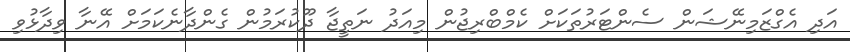
އަދި އެގްޒަމިނޭޝަން ސެންޓަރުތަކަށް ކެމްބްރިޖުން މިއަދު ނަތީޖާ ދޫކުރަމުން ގެންދާނެކަމަށް އޭނާ ވިދާޅުވި